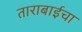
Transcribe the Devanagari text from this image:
ताराबाईचा